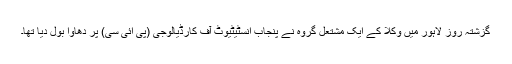
گزشتہ روز لاہور میں وکلا کے ایک مشتعل گروہ نے پنجاب انسٹیٹیوٹ آف کارڈیالوجی (پی آئی سی) پر دھاوا بول دیا تھا۔